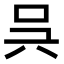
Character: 𠯵